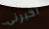
اخبرنى